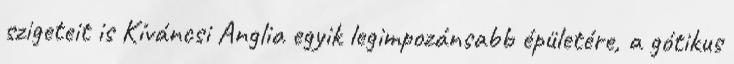
szigeteit is Kíváncsi Anglia egyik legimpozánsabb épületére, a gótikus